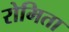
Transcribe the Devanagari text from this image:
रोमिता